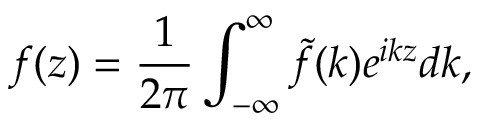
f ( z ) = \frac { 1 } { 2 \pi } \int _ { - \infty } ^ { \infty } \tilde { f } ( k ) e ^ { i k z } d k ,